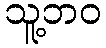
သူ့ဘဝ